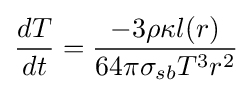
{\begin{aligned}{\frac {dT}{dt}}&={\frac {-3\rho \kappa l(r)}{64\pi \sigma _{sb}T^{3}r^{2}}}\\[4pt]\end{aligned}}